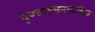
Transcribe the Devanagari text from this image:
पुण्यस्मरणदिन